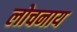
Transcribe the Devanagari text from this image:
लोचनाय